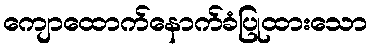
ကျောထောက်နောက်ခံပြုထားသော